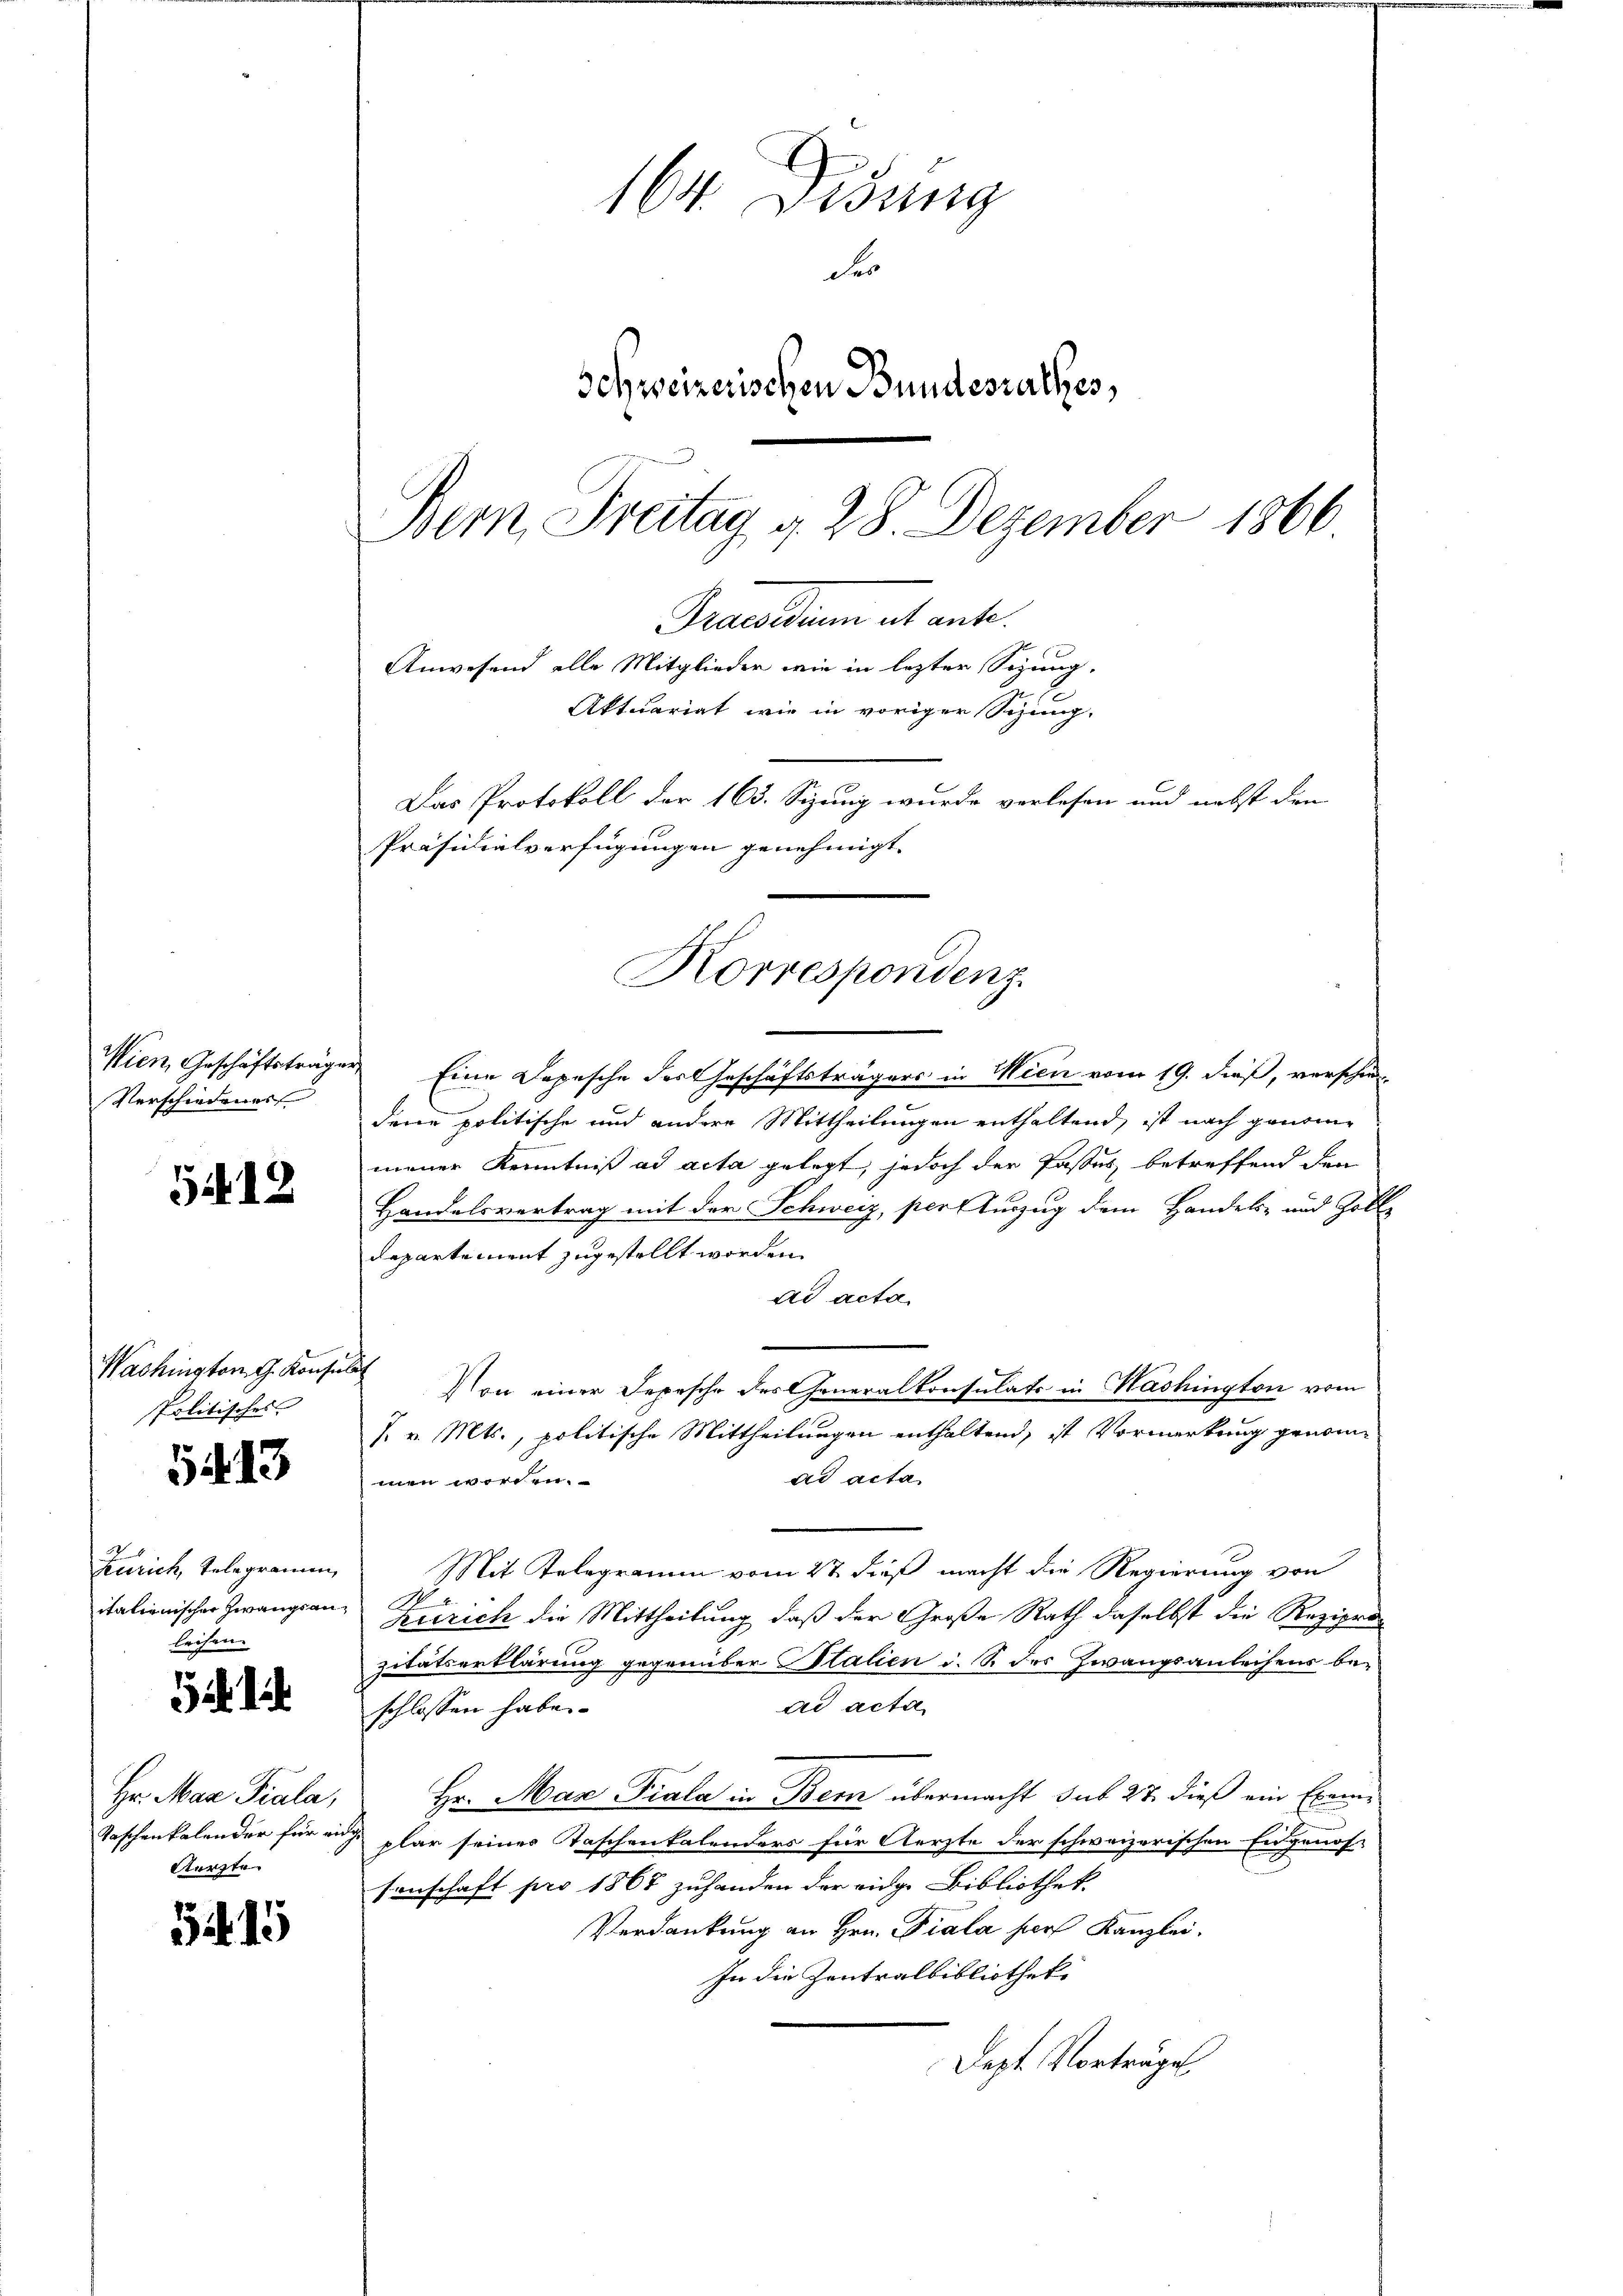
Wien, Geschäftsträgen
Verschiedener

5418

Washington G. Konsula
Politisches

5413

Zürich, telegramen,
itationischer Zwangsanleihen.

Hr. Max Piala,
Taschenkalender für ein
Aerzte

54. 15

164. Disung
Fr
Schweizerischen Bundesrathes,
Bern, Freitag d. 28. Dezember 1866
Praesiduum et ant
Anwesend alle Mitglieder wie in letzter Sizung,
Aktuariat wie in voriger Sitzung.
Das Protokoll der 163. Sizung wurde verlesen und nebst den
Präsidialverfügungen genehmigt.

Korrespondenz

Eine Depesche der Geschäftsträgers in Wien vom 19. dieß, verschiedene politische und andere Mittheilungen enthaltend, ist nach genome
mener Kenntniß ad acta gelegt, jedoch der Passes betreffend den
Handelsvertrag mit der Schweiz, per Auszug dem Handels- und Zolle
Departement zugestellt worden.
ad acta
Von einer Depesche des Generalkonsulats in Washington vom
/. v. Mts., politische Mittheilungen enthaltend, ist Vormerkung genomme
ad acta
men worden.
Mit Telegramm vom 2t dieß macht die Regierung von
N
Zürich die Mittheilung, daß der Große Rath daselbst die Regierun
zitätserklärung gegenüber Stalien u. S. des Zwangsanleihens bead acta
schlossen habe.
Hr. Max Piala in Bern übermacht sub 27 dieß ein Exemplar seiner Taschenkalenders für Aerzte der schweizerischen Eidgenos-
senschaft pro 1867 zuhanden der eidge-Bibliothek.
Verdankung an Hrn. Fiala hiers Kanzlei.
In die Zentralbibliotheke
Sept. Vorträge.